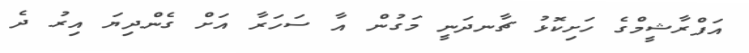
އަފްރާޝީމްގެ ހަށިކޮޅު ޗާނދަނީ މަގުން އާ ސަހަރާ އަށް ގެންދިޔަ އިރު ދެ